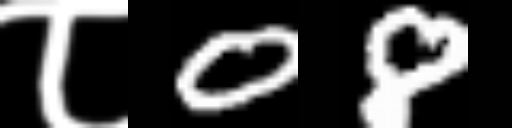
Text: ८08